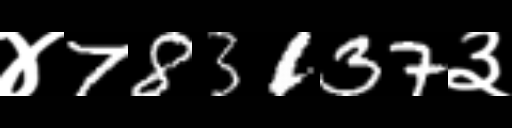
Text: ४783137३